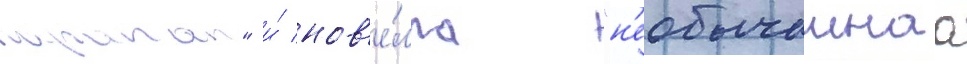
араган" и́ нов'е́лла "н'еобычаинаа